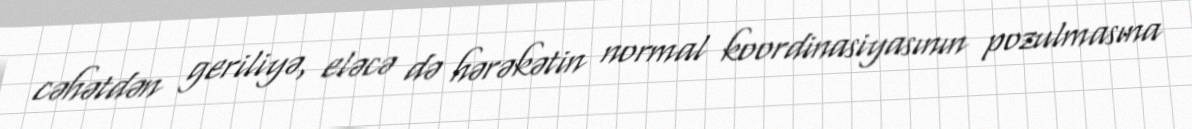
cəhətdən geriliyə, eləcə də hərəkətin normal koordinasiyasının pozulmasına